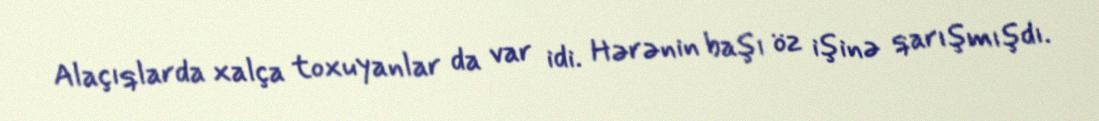
Alaçıqlarda xalça toxuyanlar da var idi. Hərənin başı öz işinə qarışmışdı.